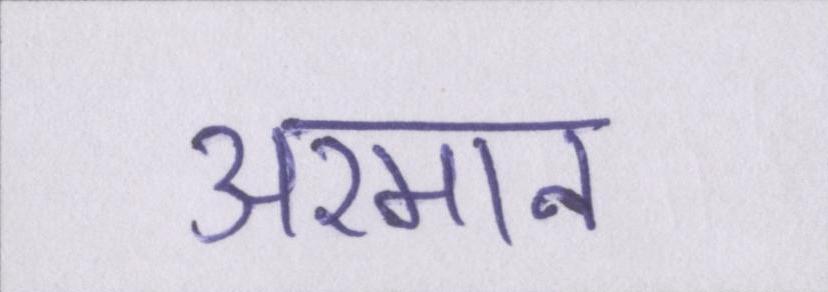
अरमान